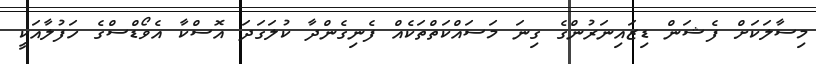
މިސާލަކަށް ފެޝަން ޑިޒައިނަރުންގެ ގިނަ މަސައްކަތްތަކެއް ފެނިގެންދާ ކުލަގަދަ އޮސްކާ އެވޯޑްސްގެ ހަފުލާއަކީ